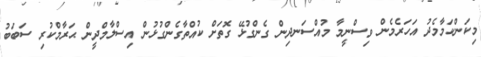
މިކަންކަމާމެދު އަހަރެމެން ވިސްނީމާ މުއްސަނދިން ގެންގުޅޭ ގޮތަށް ކުއްތާގެންގުޅުން އިސްލާމްދީން ޙަރާމްކުރި ސަބަބު